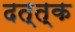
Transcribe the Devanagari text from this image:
दत्त्क